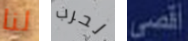
لنا لحرب أقصى